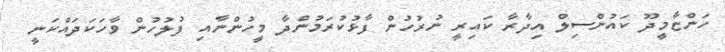
ހަންޏާމީދޫ ކައުންސިލް އިދާރާ ކައިރީ ނުރުހުން ފާޅުކުރަމުންދާ މީހުންނާއި ފުލުހުން ވާހަކަދައްކަނީ